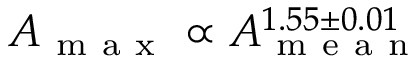
A _ { \mathrm { ~ m ~ a ~ x ~ } } \propto A _ { \mathrm { ~ m ~ e ~ a ~ n ~ } } ^ { 1 . 5 5 \pm 0 . 0 1 }